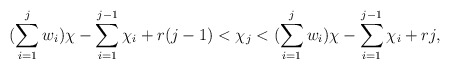
\begin{align*}(\sum\limits_{i=1}^j w_i)\chi - \sum\limits_{i=1}^{j-1}\chi_i + r(j-1) < \chi_j < (\sum\limits_{i=1}^j w_i)\chi - \sum\limits_{i=1}^{j-1}\chi_i + rj,\end{align*}